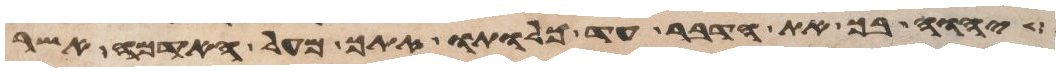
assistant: יהוה בך את הדבר עד כלותו אתך מעל האדמה אשר